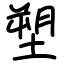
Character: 塑